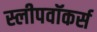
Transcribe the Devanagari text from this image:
स्लीपवॉकर्स